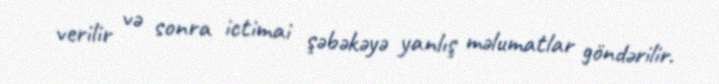
verilir və sonra ictimai şəbəkəyə yanlış məlumatlar göndərilir.